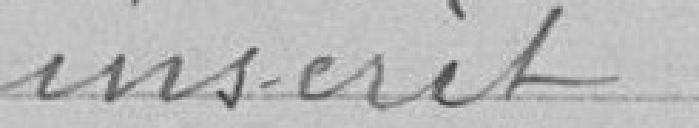
inscrit